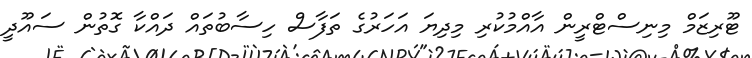
ޓޫރިޒަމް މިނިސްޓްރީން އާއްމުކުރި މިދިޔަ އަހަރުގެ ތަފާސް ހިސާބުތައް ދައްކާ ގޮތުން ސައޫދީ